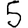
Digit: 5